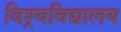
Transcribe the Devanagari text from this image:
विश्र्वविद्यालय